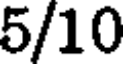
5/10